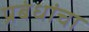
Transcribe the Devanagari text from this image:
प्रबंधांचा